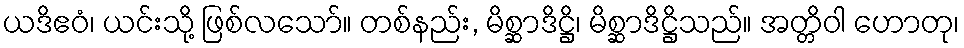
ယဒိဧဝံ၊ ယင်းသို့ ဖြစ်လသော်။ တစ်နည်း, မိစ္ဆာဒိဋ္ဌိ၊ မိစ္ဆာဒိဋ္ဌိသည်။ အတ္တိဝါ ဟောတု၊